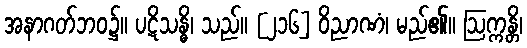
အနာဂတ်ဘဝ၌။ ပဋိသန္ဓိ၊ သည်။ [၂၁၆] ဝိညာဏံ၊ မည်၏။ ဩက္ကန္တိ၊